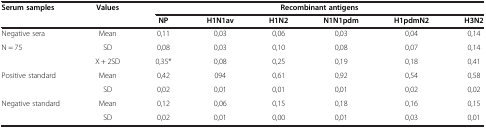
| Serum samples | Values | <COLSPAN=6> Recombinant antigens |
 |  |  | NP | H1N1av | H1N2 | N1N1pdm | H1pdmN2 | H3N2 |
 | --- | --- | --- | --- | --- | --- | --- | --- |
 | Negative sera | Mean | 0,11 | 0,03 | 0,06 | 0,03 | 0,04 | 0,14 |
 | N = 75 | SD | 0,08 | 0,03 | 0,10 | 0,08 | 0,07 | 0,14 |
 |  | X + 2SD | 0,35* | 0,08 | 0,25 | 0,19 | 0,18 | 0,41 |
 | Positive standard | Mean | 0,42 | 094 | 0,61 | 0,92 | 0,54 | 0,58 |
 |  | SD | 0,02 | 0,01 | 0,01 | 0,01 | 0,02 | 0,02 |
 | Negative standard | Mean | 0,12 | 0,06 | 0,15 | 0,18 | 0,16 | 0,15 |
 |  | SD | 0,02 | 0,01 | 0,00 | 0,01 | 0,03 | 0,01 |